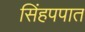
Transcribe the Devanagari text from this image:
सिंहपपात